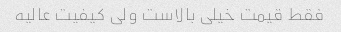
فقط قیمت خیلی بالاست ولی کیفیت عالیه